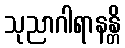
သုညာဂါရာနန္တိ